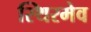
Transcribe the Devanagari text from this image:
स्थिरमेव